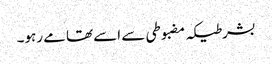
بشرطیکہ مضبوطی سے اسے تھامے رہو۔